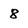
Character: 8